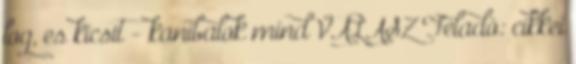
log, es kicsit - kanibalok mind VÁLASZ Feladó: cikkei